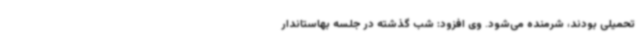
تحمیلی بودند، شرمنده می‌شود. وی افزود: شب گذشته در جلسه بهاستاندار